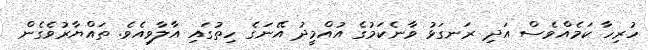
ހުރިހާާ ކަމެއްވެސް އަދި ރަނގަޅު ވާނެކަމުގެ އުއްމީދު އޭނަގެ ހިތުގައި އާލާވިއެވެ. ތައްޔާރުވެގެން